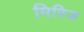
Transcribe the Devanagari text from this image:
मिरिज